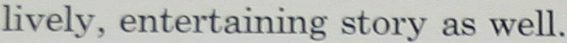
lively, entertaining story as well.